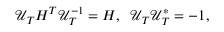
\begin{array} { r } { \mathcal { U } _ { T } H ^ { T } \mathcal { U } _ { T } ^ { - 1 } = H , \; \; \mathcal { U } _ { T } \mathcal { U } _ { T } ^ { * } = - 1 , } \end{array}